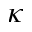
\kappa